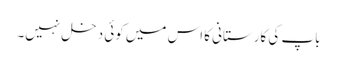
باپ کی کارستانی کا اس میں کوئی دخل نہیں۔